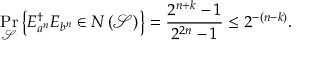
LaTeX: \operatorname* { P r } _ { \mathcal { S } } \left\{ E _ { a ^ { n } } ^ { \dagger } E _ { b ^ { n } } \in N \left( { \mathcal { S } } \right) \right\} = { \frac { 2 ^ { n + k } - 1 } { 2 ^ { 2 n } - 1 } } \leq 2 ^ { - \left( n - k \right) } .